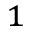
^ 1